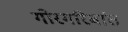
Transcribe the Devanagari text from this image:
गोरगरिबांत